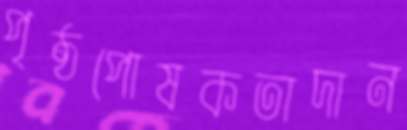
পৃষ্ঠপোষকতাদান